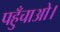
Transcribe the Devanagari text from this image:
पहुँचाओ।